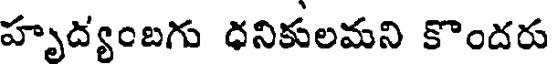
హృద్యంబగు ధనికులమని కొందరు